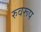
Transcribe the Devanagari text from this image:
रुवरूप